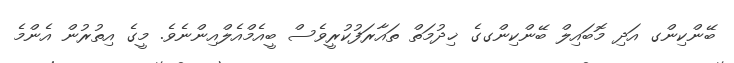
ބޭންކިންގ އަދި މޮބައިލް ބޭންކިންގގެ ޚިދުމަތް ތައާރަފުކުރީވެސް ބީއެމްއެލްއިންނެވެ. މީގެ އިތުރުން އެންމެ